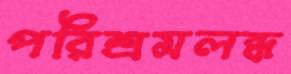
পরিশ্রমলব্ধ